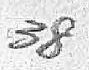
39